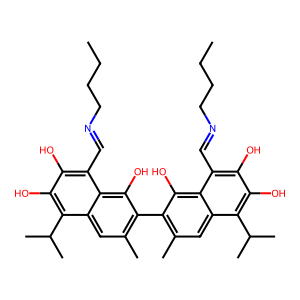
SMILES: CCCCN=Cc1c(O)c(O)c(C(C)C)c2cc(C)c(-c3c(C)cc4c(C(C)C)c(O)c(O)c(C=NCCCC)c4c3O)c(O)c12
Inhibits HIV replication: No